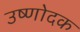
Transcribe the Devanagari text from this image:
उष्णोदक